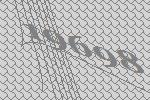
19698